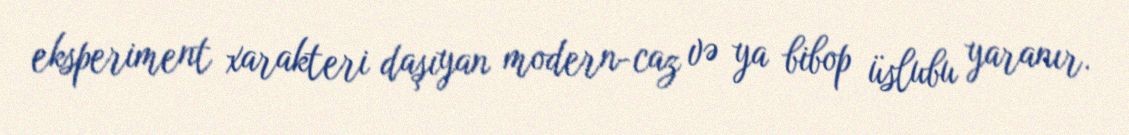
eksperiment xarakteri daşıyan modern-caz və ya bibop üslubu yaranır.